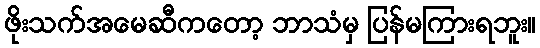
ဖိုးသက်အမေဆီကတော့ ဘာသံမှ ပြန်မကြားရဘူး။